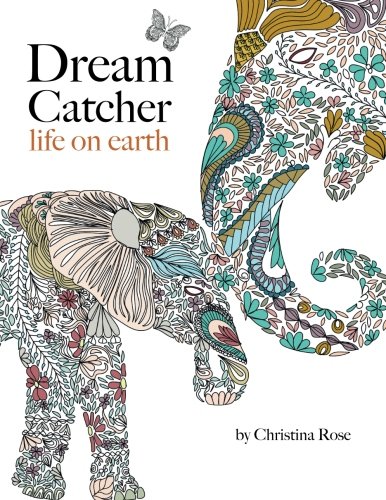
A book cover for Dream Catcher: life on earth: A powerful & inspiring adult colouring book celebrating the beauty of nature; Christina Rose; Humor & Entertainment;